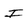
Character: I